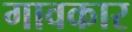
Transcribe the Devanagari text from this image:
गावकार